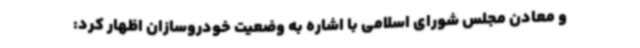
و معادن مجلس شورای اسلامی با اشاره به وضعیت خودروسازان اظهار کرد: